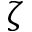
\zeta